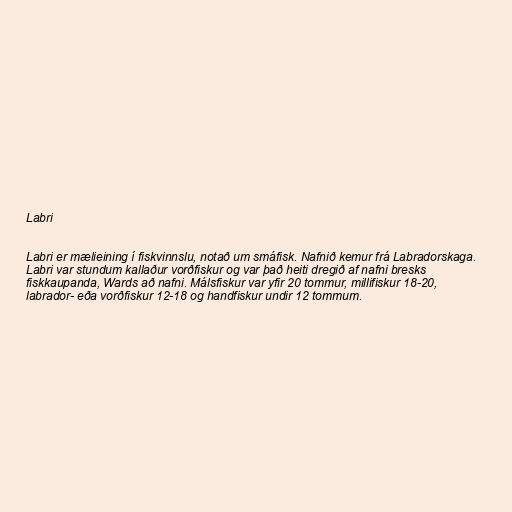
Labri

Labri er mælieining í fiskvinnslu, notað um smáfisk. Nafnið kemur frá Labradorskaga.
Labri var stundum kallaður vorðfiskur og var það heiti dregið af nafni bresks
fiskkaupanda, Wards að nafni. Málsfiskur var yfir 20 tommur, millifiskur 18-20,
labrador- eða vorðfiskur 12-18 og handfiskur undir 12 tommum.